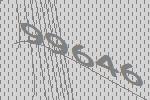
99646